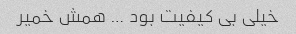
خیلی بی کیفیت بود … همش خمیر